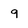
Character: 9